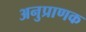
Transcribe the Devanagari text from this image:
अनुप्राणक